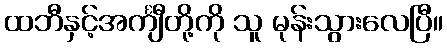
ထဘီနှင့်အင်္ကျီတို့ကို သူ မုန်းသွားလေပြီ။